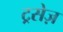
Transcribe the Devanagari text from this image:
ट्रसेज़